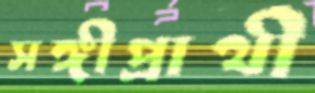
সঙ্গীপ্রার্থী